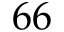
6 6